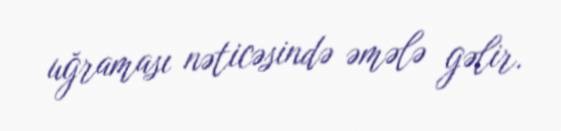
uğraması nəticəsində əmələ gəlir.